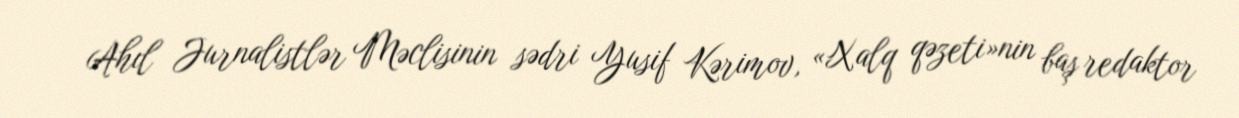
Ahıl Jurnalistlər Məclisinin sədri Yusif Kərimov, «Xalq qəzeti»nin baş redaktor